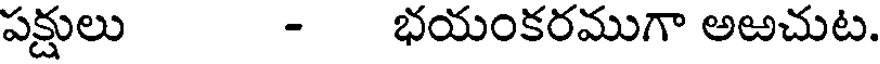
పక్షులు - భయంకరముగా అఱచుట.